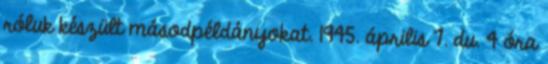
róluk készült másodpéldányokat. 1945. április 7. du. 4 óra